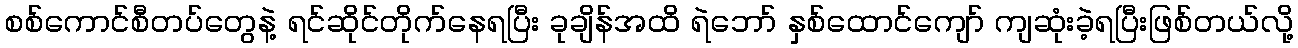
စစ်ကောင်စီတပ်တွေနဲ့ ရင်ဆိုင်တိုက်နေရပြီး ခုချိန်အထိ ရဲဘော် နှစ်ထောင်ကျော် ကျဆုံးခဲ့ရပြီးဖြစ်တယ်လို့